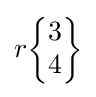
r{\begin{Bmatrix}3\\4\end{Bmatrix}}